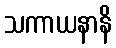
သကာယနာနိ